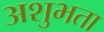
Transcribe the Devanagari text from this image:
अशुभता